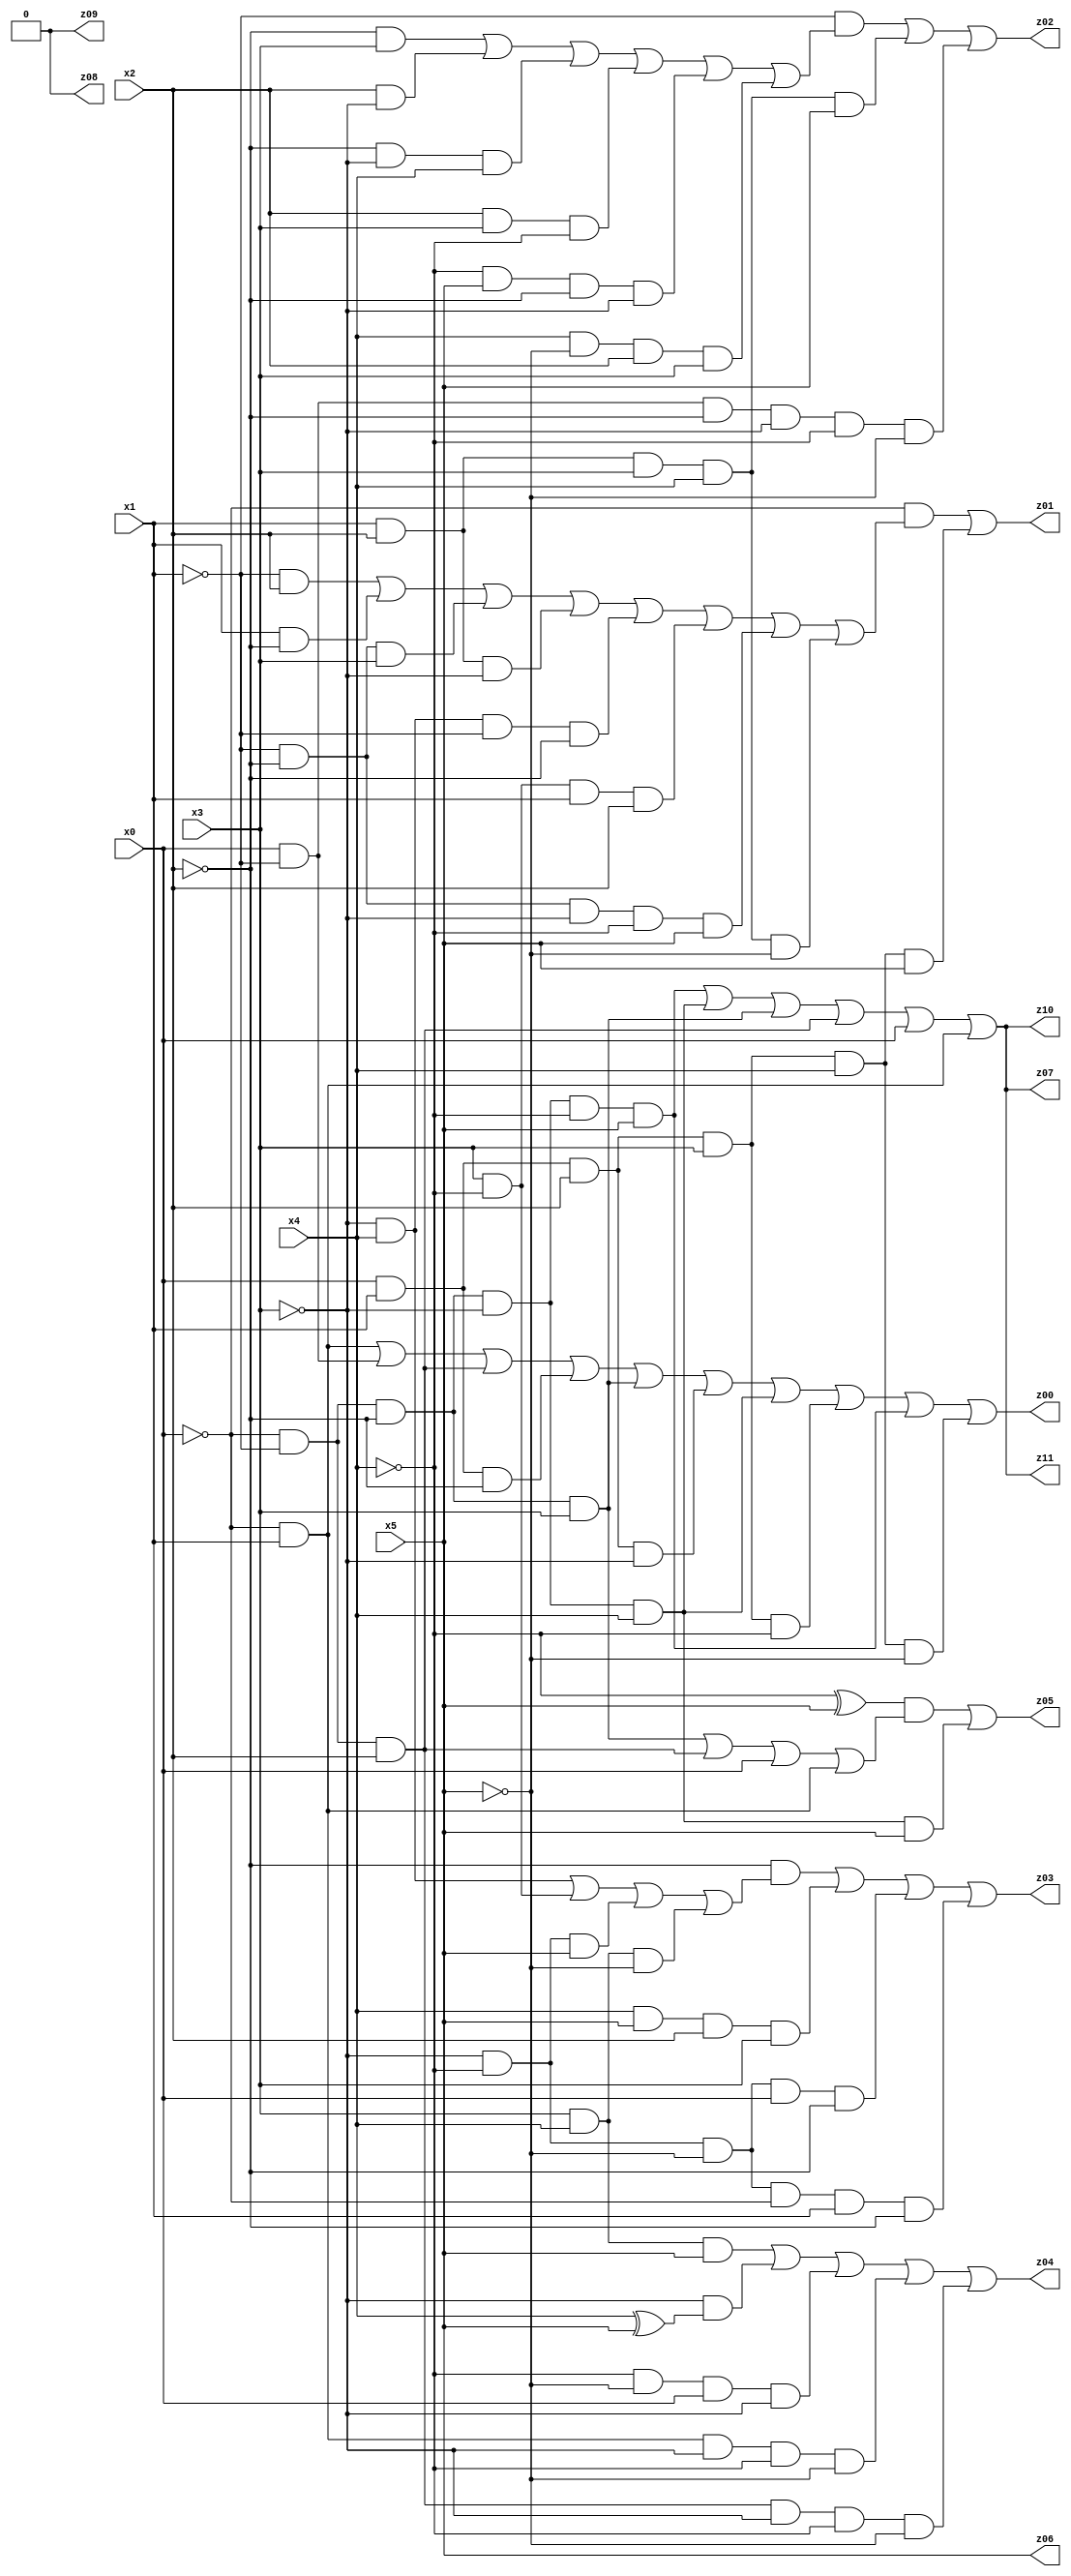
// Benchmark "X_6" written by ABC on Fri May 26 04:01:05 2023

module X_6 ( 
    x0, x1, x2, x3, x4, x5,
    z00, z01, z02, z03, z04, z05, z06, z07, z08, z09, z10, z11  );
  input  x0, x1, x2, x3, x4, x5;
  output z00, z01, z02, z03, z04, z05, z06, z07, z08, z09, z10, z11;
  assign z00 = (~x0 & x1) | (x0 & ~x1) | (~x0 & ~x1 & x2) | (x0 & x1 & ~x2) | (~x0 & ~x1 & ~x2 & x3) | (x0 & x1 & x2 & ~x3) | (~x0 & ~x1 & ~x2 & ~x3 & x4) | (x0 & x1 & x2 & x3 & ~x4) | (~x0 & ~x1 & ~x2 & ~x3 & ~x4 & x5) | (x0 & x1 & x2 & x3 & x4 & ~x5);
  assign z01 = (~x0 & ((~x1 & x2) | (x1 & ~x2) | (~x1 & ~x2 & x3) | (x1 & x2 & ~x3) | (~x3 & x4 & ~x1 & ~x2) | (x3 & ~x4 & x1 & x2) | (~x1 & ~x2 & ~x3 & ~x4 & x5) | (x1 & x2 & x3 & x4 & ~x5))) | (x0 & x1 & x2 & x3 & x4 & x5);
  assign z02 = (~x1 & ((~x2 & x3) | (x2 & ~x3) | (~x2 & ~x3 & x4) | (x2 & x3 & ~x4) | (~x4 & x5 & ~x2 & ~x3) | (x4 & ~x5 & x2 & x3))) | (x1 & x2 & x3 & x4 & x5) | (x0 & ~x1 & ~x2 & ~x3 & ~x4 & ~x5);
  assign z03 = (~x2 & ((~x3 & x4) | (x3 & ~x4) | (~x3 & ~x4 & x5) | (x3 & x4 & ~x5))) | (x4 & x5 & x2 & x3) | (~x3 & ~x4 & ~x5 & x0 & ~x2) | (~x3 & ~x4 & ~x5 & ~x0 & x1 & ~x2);
  assign z04 = (x3 & x4 & x5) | (~x3 & (x4 ^ x5)) | (~x4 & ~x5 & x0 & ~x3) | (~x0 & x1 & ~x3 & ~x4 & ~x5) | (~x0 & ~x1 & x2 & ~x3 & ~x4 & ~x5);
  assign z05 = ((~x4 ^ x5) & ((~x0 & ~x1 & ~x2 & x3) | (~x0 & ~x1 & x2) | x0 | (~x0 & x1))) | (~x0 & ~x1 & ~x2 & ~x3 & x4 & x5);
  assign z06 = x5;
  assign z07 = (~x0 & ~x1 & ~x2 & ~x3 & ~x4 & x5) | (~x0 & ~x1 & ~x2 & ~x3 & x4) | (~x0 & ~x1 & ~x2 & x3) | (~x0 & ~x1 & x2) | x0 | (~x0 & x1);
  assign z08 = 1'b0;
  assign z09 = 1'b0;
  assign z10 = (~x0 & ~x1 & ~x2 & ~x3 & ~x4 & x5) | (~x0 & ~x1 & ~x2 & ~x3 & x4) | (~x0 & ~x1 & ~x2 & x3) | (~x0 & ~x1 & x2) | x0 | (~x0 & x1);
  assign z11 = (~x0 & ~x1 & ~x2 & ~x3 & ~x4 & x5) | (~x0 & ~x1 & ~x2 & ~x3 & x4) | (~x0 & ~x1 & ~x2 & x3) | (~x0 & ~x1 & x2) | x0 | (~x0 & x1);
endmodule